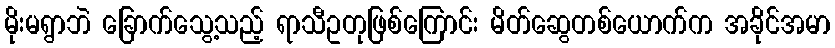
မိုးမရွာဘဲ ခြောက်သွေ့သည့် ရာသီဥတုဖြစ်ကြောင်း မိတ်ဆွေတစ်ယောက်က အခိုင်အမာ